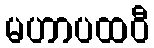
မဟာပထဝီ